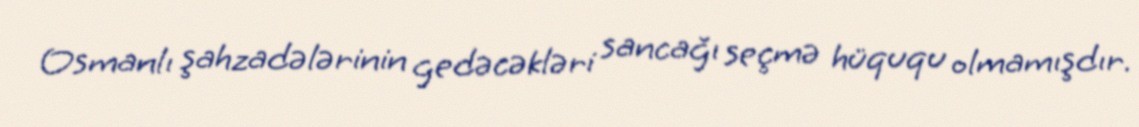
Osmanlı şahzadələrinin gedəcəkləri sancağı seçmə hüququ olmamışdır.